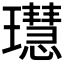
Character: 𤪳